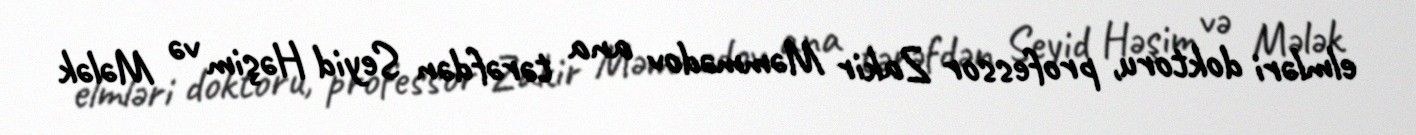
elmləri doktoru, professor Zakir Məmmədov ana tərəfdən Seyid Həşim və Mələk